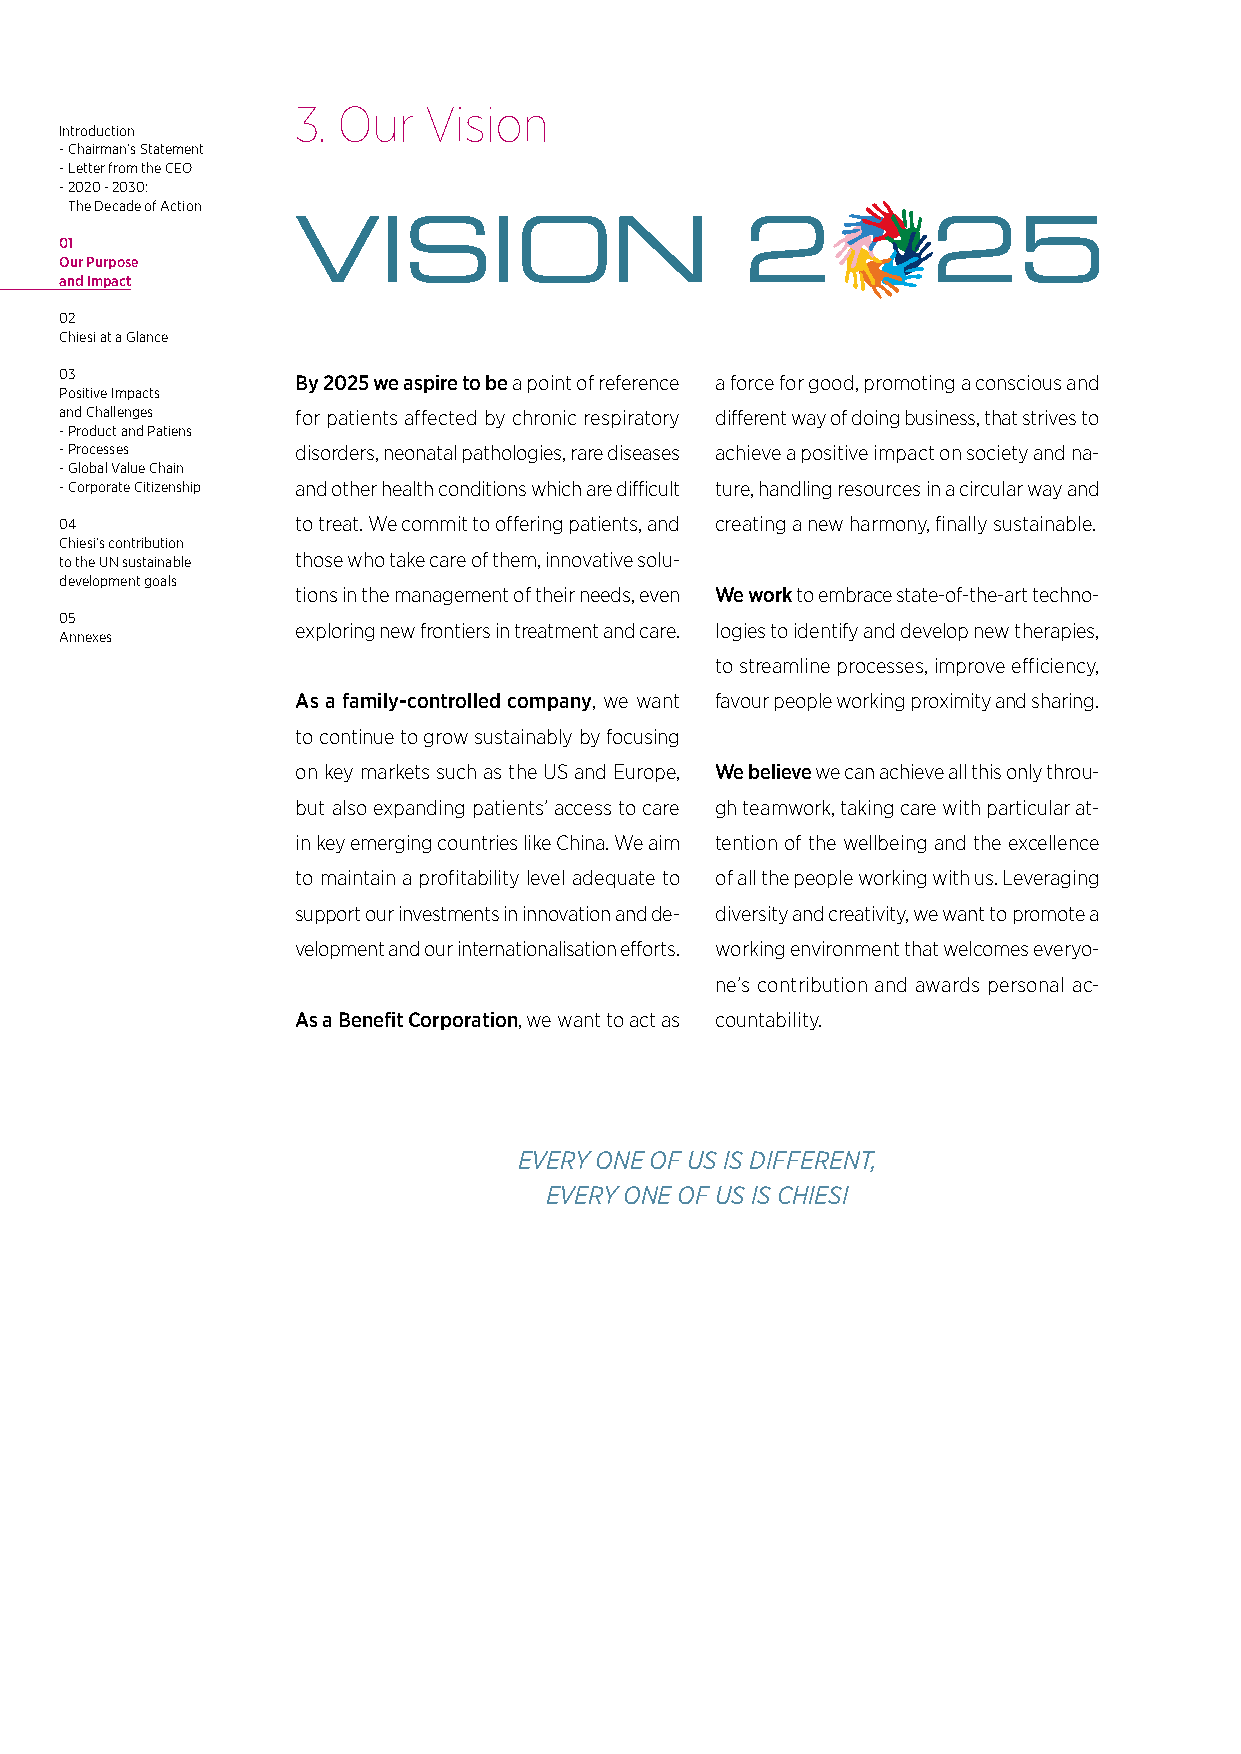
3. Our  Vision
 Introduction
 - Chairman’s Statement
 - Letter from the CEO
 - 2020 - 2030:
 The Decade of Action
 01
 Our Purpose
 and Impact
 02
 Chiesi at a Glance
 03              By 2025 we aspire to be a point of reference a force for good, promoting a conscious and
 Positive Impacts
 and Challenges  for patients affected by chronic respiratory different way of doing business, that strives to
 - Product and Patiens
 - Processes     disorders, neonatal pathologies, rare diseases achieve a positive impact on society and na-
 - Global Value Chain
 - Corporate Citizenship and other health conditions which are difficult ture, handling resources in a circular way and
 04              to treat. We commit to offering patients, and creating a new harmony, finally sustainable.
 Chiesi’s contribution
 to the UN sustainable those who take care of them, innovative solu-
 development goals
 tions in the management of their needs, even We work to embrace state-of-the-art techno-
 05
 exploring new frontiers in treatment and care. logies to identify and develop new therapies,
 Annexes
 to streamline processes, improve efficiency,
 As a family-controlled company, we want favour people working proximity and sharing.
 to continue to grow sustainably by focusing
 on key markets such as the US and Europe, We believe we can achieve all this only throu-
 but also expanding patients’ access to care gh teamwork, taking care with particular at-
 in key emerging countries like China. We aim tention of the wellbeing and the excellence
 to maintain a profitability level adequate to of all the people working with us. Leveraging
 support our investments in innovation and de- diversity and creativity, we want to promote a
 velopment and our internationalisation efforts. working environment that welcomes everyo-
 ne’s contribution and awards personal ac-
 As a Benefit Corporation, we want to act as countability.
 EVERY ONE OF US IS DIFFERENT,
 EVERY ONE OF US IS CHIESI